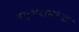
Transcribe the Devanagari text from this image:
वाङ्‌मयासंबंधात